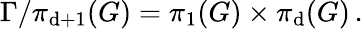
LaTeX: \Gamma/\pi_{\mathrm{d}+1}(G)=\pi_{1}(G)\times\pi_{\mathrm{d}}(G)\, .